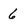
Character: 6